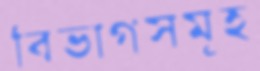
বিভাগসমূহ